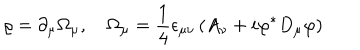
LaTeX: \varrho = \partial _ { \mu } \Omega _ { \mu } , \quad \Omega _ { \mu } = \frac 1 4 \epsilon _ { \mu \nu } \left( A _ { \nu } + i \varphi ^ { * } D _ { \mu } \varphi \right)